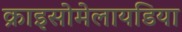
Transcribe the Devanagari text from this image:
क्राइसोमेलायडिया